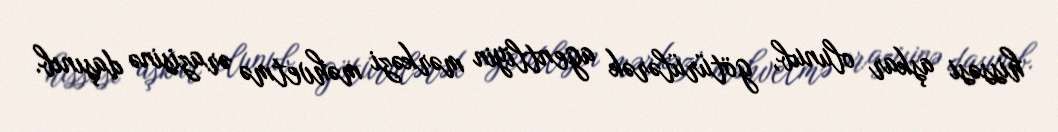
hissəsi aşkar olunub, götürülərək agentliyin mərkəzi məhvetmə ərazisinə daşınıb.